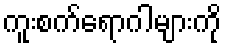
ကူးစက်ရောဂါများကို